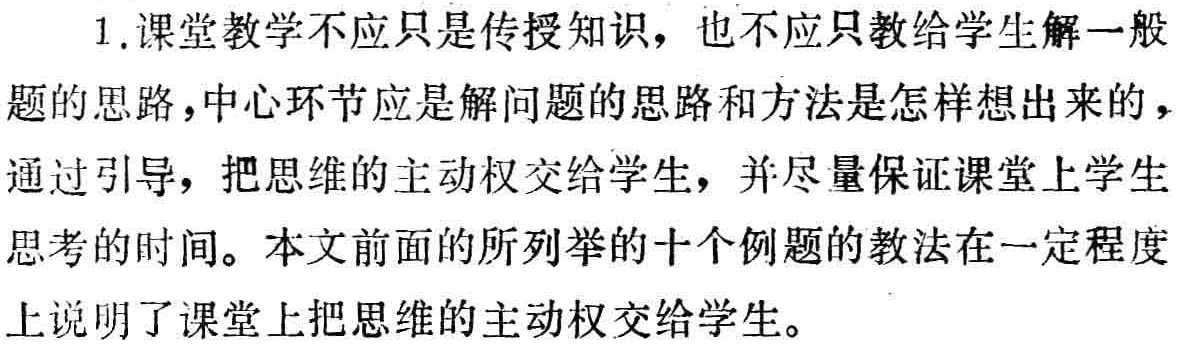
1.课堂教学不应只是传授知识，也不应只教给学生解一般

题的思路，中心环节应是解问题的思路和方法是怎样想出来的，

通过引导，把思维的主动权交给学生，并尽量保证课堂上学生

思考的时间。本文前面的所列举的十个例题的教法在一定程度

上说明了课堂上把思维的主动权交给学生。